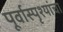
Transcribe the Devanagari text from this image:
पूर्वास्पृश्यांचा